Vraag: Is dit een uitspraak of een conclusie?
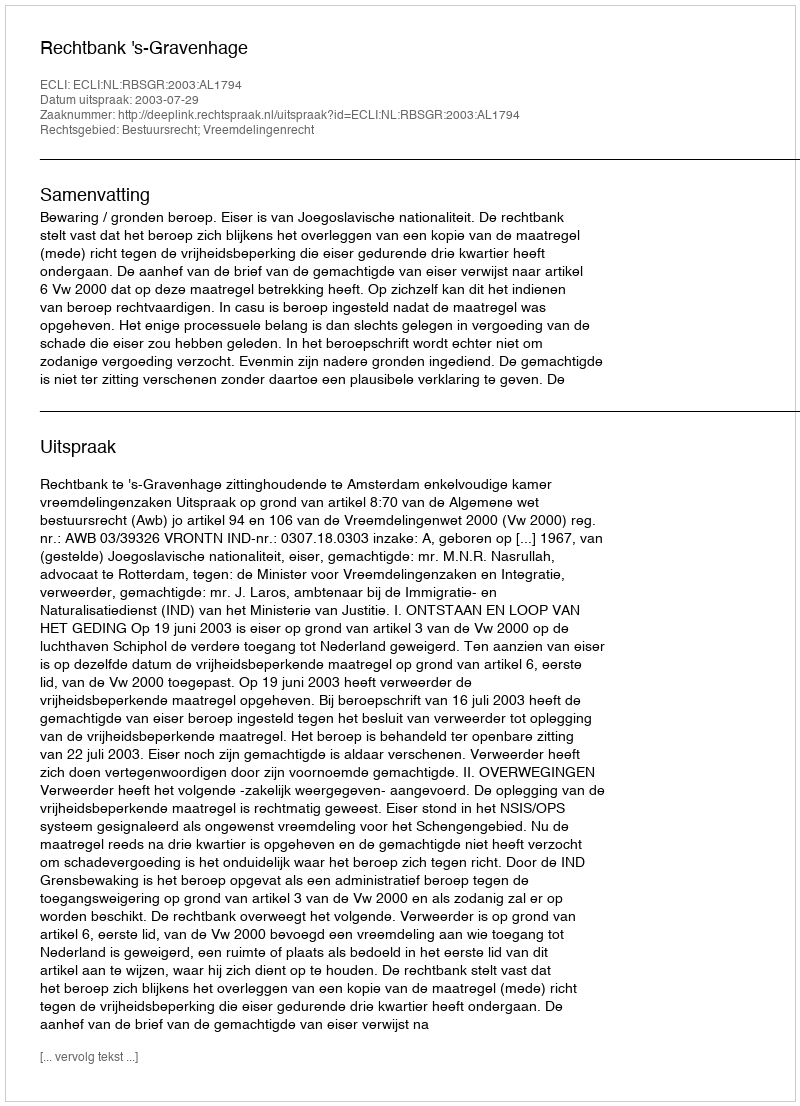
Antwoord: Uitspraak